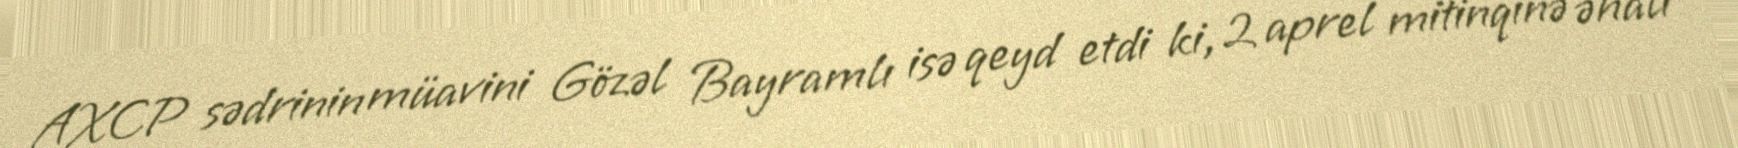
AXCP sədrinin müavini Gözəl Bayramlı isə qeyd etdi ki, 2 aprel mitinqinə əhali